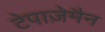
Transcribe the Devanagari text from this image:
टेपाज़ेमैन